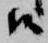
候